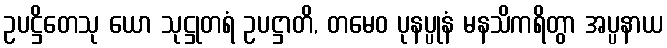
ဥပဋ္ဌိတေသု ယော သုဋ္ဌုတရံ ဥပဋ္ဌာတိ, တမေဝ ပုနပ္ပုနံ မနသိကရိတွာ အပ္ပနာယ